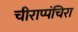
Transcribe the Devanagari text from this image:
चीराप्पंचिरा